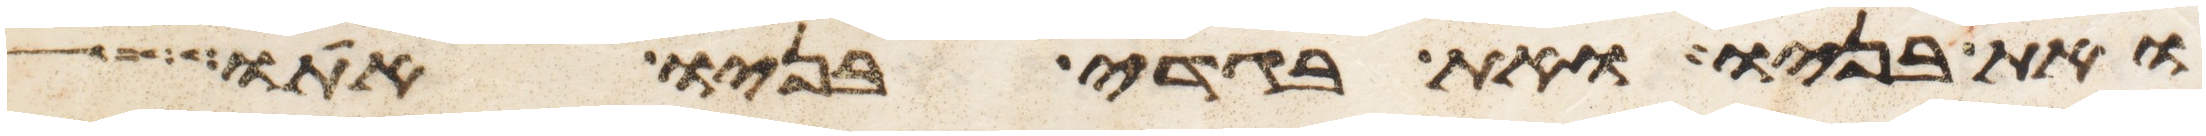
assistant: ואת בניו ואת בגדי בניו אתו